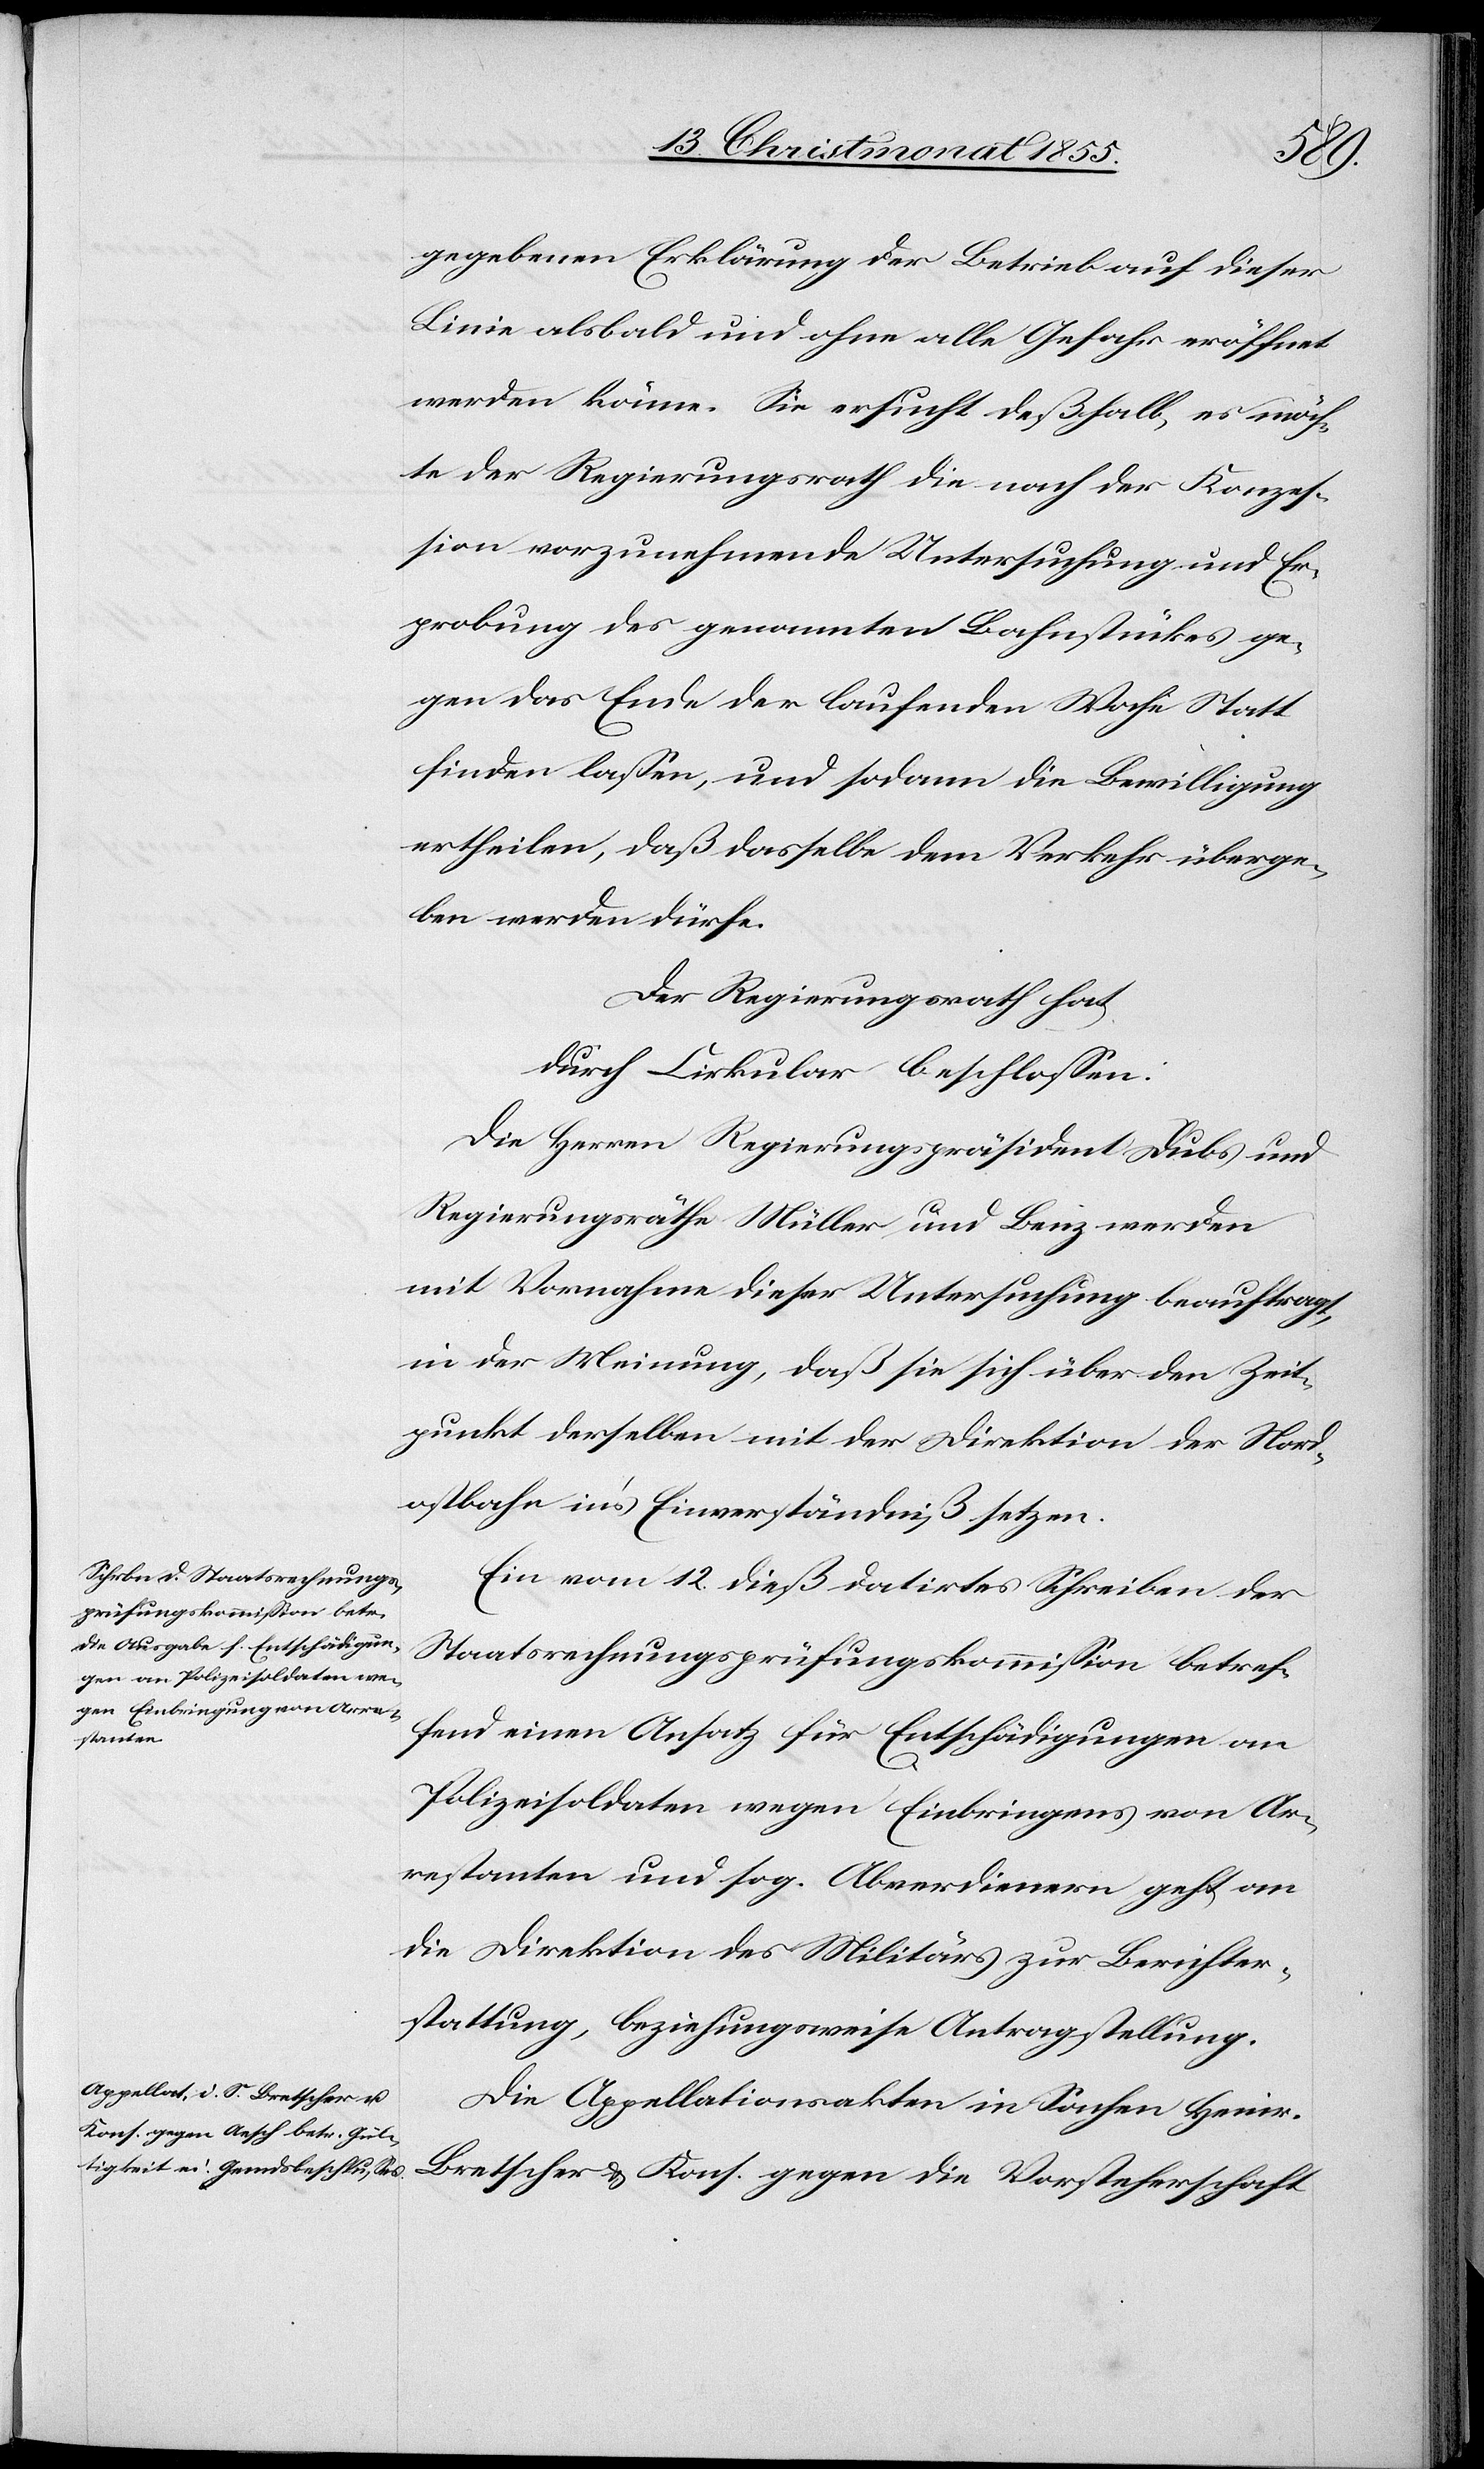
18. Christmonat 1855.]
gegebenen Erklärung der Betrieb auf dieser
Linie alsbald und ohne alle Gefahr eröffnet
werden könne. Sie ersucht deßhalb, es möch¬
te der Regierungsrath die nach der Konzes¬
sion vorzunehmende Untersuchung und Er¬
probung des genannten Bahnstückes ge¬
gen das Ende der laufenden Woche Statt
finden lassen, und sodann die Bewilligung
ertheilen, daß dasselbe dem Verkehr überge¬
ben werden dürfe.
Der Regierungsrath hat
durch Cirkular beschlossen:
Die Herren Regierungspräsident Dubs und
Regierungsräthe Müller und Benz werden
mit Vornahme dieser Untersuchung beauftragt,
in der Meinung, daß sie sich über den Zeit¬
punkt derselben mit der Direktion der Nord¬
ostbahn in’s Einverständniß setzen.
Ein vom 12. dieß datirtes Schreiben der
Staatsrechnungsprüfungskommission betref¬
fend einen Ansatz für Entschädigungen an
Polizeisoldaten wegen Einbringens von Ar¬
restanten und sog. Abverdienern geht an
die Direktion des Militärs zur Berichter¬
stattung, beziehungsweise Antragstellung.
Die Appellationsakten in Sachen Heinr.
Bretscher & Kons. gegen die Vorsteherschaft